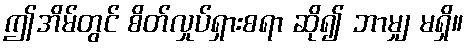
ဤအိမ်တွင် စိတ်လှုပ်ရှားစရာ ဆို၍ ဘာမျှ မရှိ။